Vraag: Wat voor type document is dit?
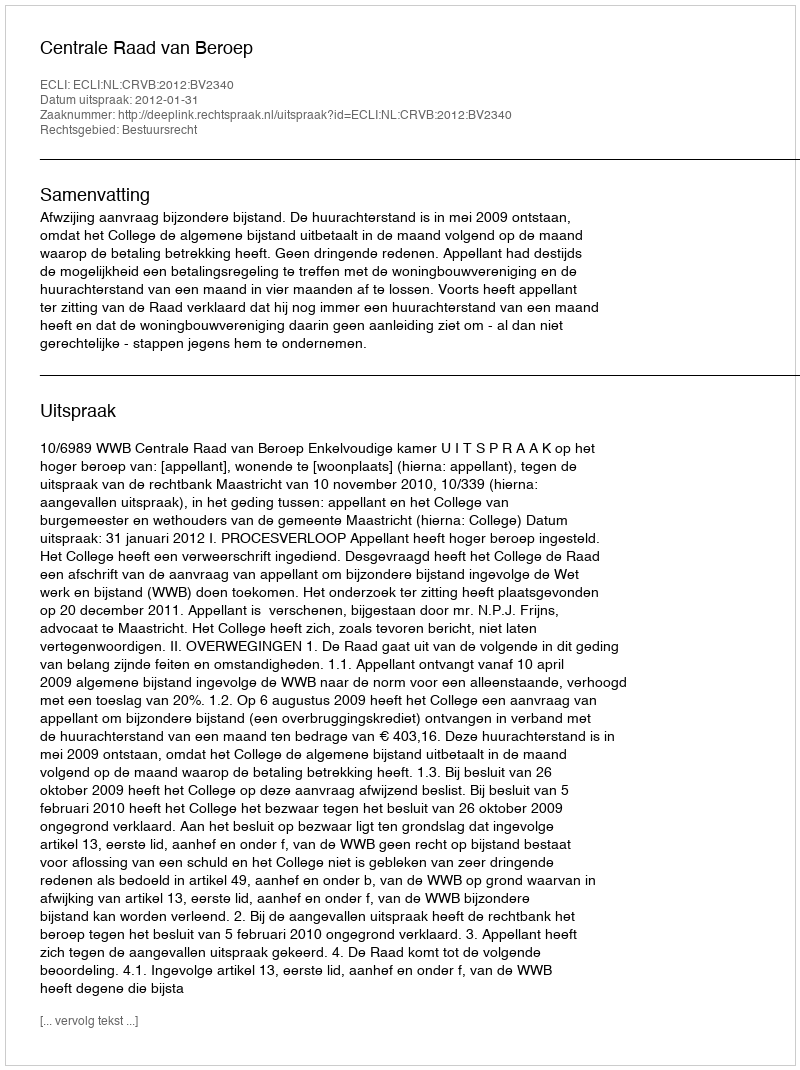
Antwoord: Uitspraak